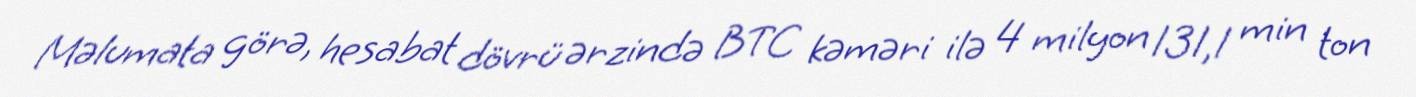
Məlumata görə, hesabat dövrü ərzində BTC kəməri ilə 4 milyon 131,1 min ton